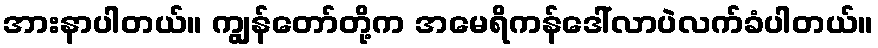
အားနာပါတယ်။ ကျွန်တော်တို့က အမေရိကန်ဒေါ်လာပဲလက်ခံပါတယ်။